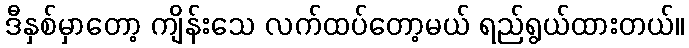
ဒီနှစ်မှာတော့ ကျိန်းသေ လက်ထပ်တော့မယ် ရည်ရွယ်ထားတယ်။